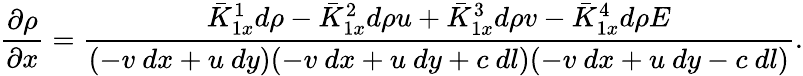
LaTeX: \frac{\partial\rho}{\partial x}=\frac{\bar{K}_{1x}^{1}d\rho-\bar{K}_{1x}^{2}d\rho u+\bar{K}_{1x}^{3}d\rho v-\bar{K}_{1x}^{4}d\rho E}{(-v~dx+u~dy)(-v~dx+u~dy+c~dl)(-v~dx+u~dy-c~dl)}.